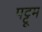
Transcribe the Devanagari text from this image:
पट्टूम